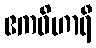
ဧကဝိဟာရီ